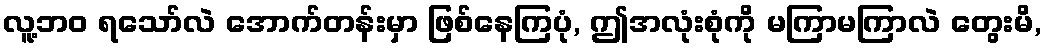
လူ့ဘဝ ရသော်လဲ အောက်တန်းမှာ ဖြစ်နေကြပုံ, ဤအလုံးစုံကို မကြာမကြာလဲ တွေးမိ,